Black-water fever - Number 35
Disease focus: Fever
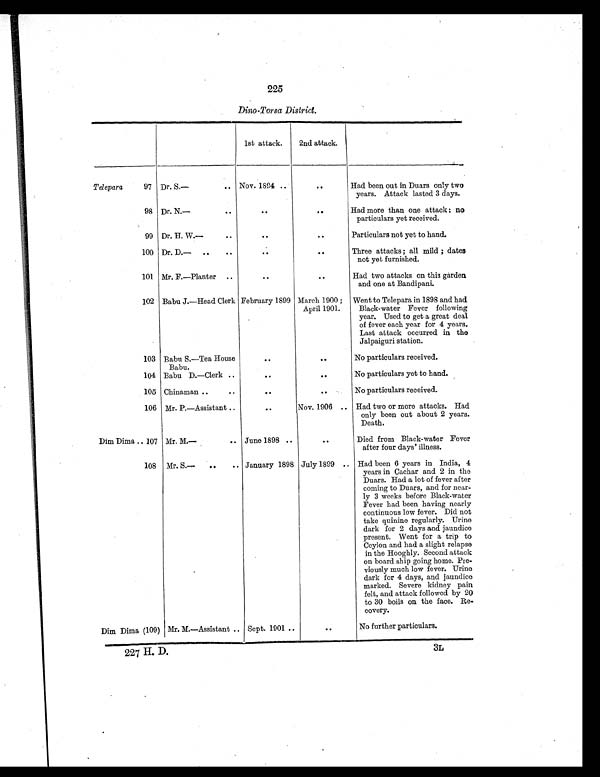
225
Dino-Torso District.
1st attack. 2nd attack.
Telepara
97 Dr. S.—
.. Nov. 1894 ..
..
Had been out in Duars only two
years. Attack lasted 3 days.
98 Dr. N.—
..
. .
. .
Had more than one attack : no
particulars yet received.
99 Dr. H. W.—
..
. .
. .
Particulars not yet to hand.
100 Dr. D.— ..
..
. .
. .
Three attacks ; all mild ; dates
not yet, furnished.
101 Mr. F.—Planter ..
. .
. .
Had two attacks on this garden
and one at Bandipani.
102 Babu J.—Head Clerk February 1899 March 1900 ;
April 1901.
Went to Telepara in 1898 and had
Black-water Fever following
year. Used to get a great deal
of fever each year for 4 years.
Last attack occurred in the
Jalpaiguri station.
103 Babu S.—Tea House
Babu.
. .
. .
No particulars received.
104 Babu D.—Clerk ..
. .
. .
No particulars yet to hand.
105 Chinaman ..
..
. .
. .
No particulars received.
106 Mr. P.—Assistant ..
. .
Nov. 1906 .. Had two or more attacks. Had
only been out about 2 years.
Death.
Dim Dima .. 107 Mr, M.—
.. June 1898 ..
. .
Died from Black-water Fever
after four days' illness.
108 Mr. S.—
. . .. January 1898 July 1899 .. Had been 6 years in India, 4
years in Cachar and 2 in the
Duars. Had a lot of fever after
coming to Duars, and for near-
ly 3 weeks before Black-water
Fever had been having nearly
continuous low fever. Did not
take quinine regularly. Urine
dark for 2 days and jaundice
present. Went for a trip to
Ceylon and had a slight relapse
in the Hooghly. Second attack
on board ship going home. Pre-
viously much low fever. Urine
dark for 4 days, and jaundice
marked. Severe kidney pain
felt, and attack followed by 20
to 30 boils on the face. Re-
covery.
Dim Dima (109) Mr. M.—Assistant .. Sept. 1901 ..
. .
No further particulars.
227 H. D.
3L